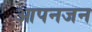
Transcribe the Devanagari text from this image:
आपनजन